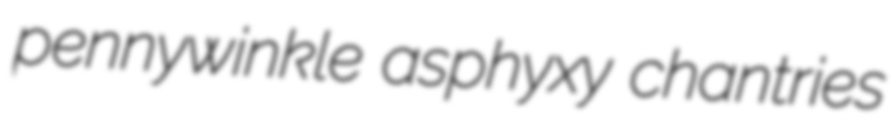
pennywinkle asphyxy chantries